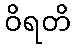
ဝိရတိ